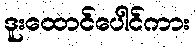
ဒူးထောင်ပေါင်ကား